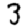
Digit: 3